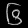
Digit: ၆